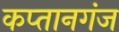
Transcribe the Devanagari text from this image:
कप्‍तानगंज